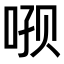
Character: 𫪑